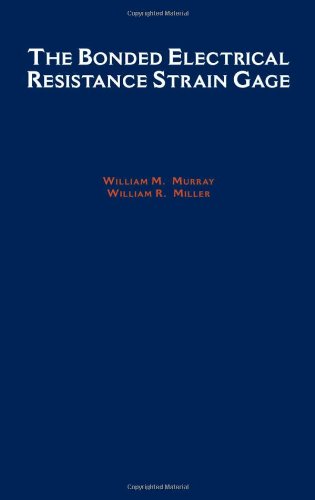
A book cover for The Bonded Electrical Resistance Strain Gage: An Introduction; William M. Murray; Science & Math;